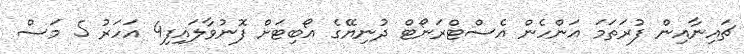
ޗައިނާއިން ފުރަތަމަ އަންހެން އެސްޓްރަނޯޓް ދުނިޔޭގެ އޯބިޓަށް ފޮނުވާލައިފި4 އަހަރު 5 މަސް